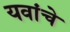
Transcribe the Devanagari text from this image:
यवांचे